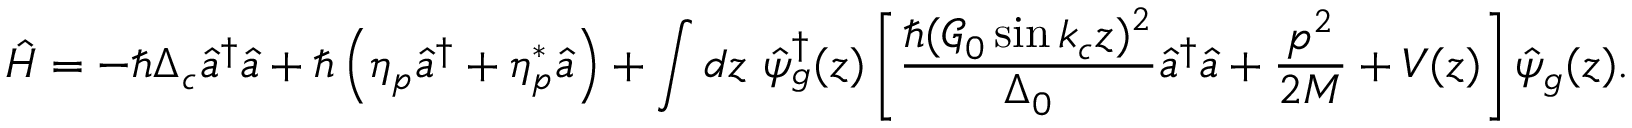
\hat { H } = - \hbar \Delta _ { c } \hat { a } ^ { \dagger } \hat { a } + \hbar \left( \eta _ { p } \hat { a } ^ { \dagger } + \eta _ { p } ^ { * } \hat { a } \right) + \int d z \ \hat { \psi } _ { g } ^ { \dagger } ( z ) \left[ \frac { \hbar ( \mathcal { G } _ { 0 } \sin k _ { c } z ) ^ { 2 } } { \Delta _ { 0 } } \hat { a } ^ { \dagger } \hat { a } + \frac { p ^ { 2 } } { 2 M } + V ( z ) \right] \hat { \psi } _ { g } ( z ) .